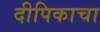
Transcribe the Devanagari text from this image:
दीपिकाचा